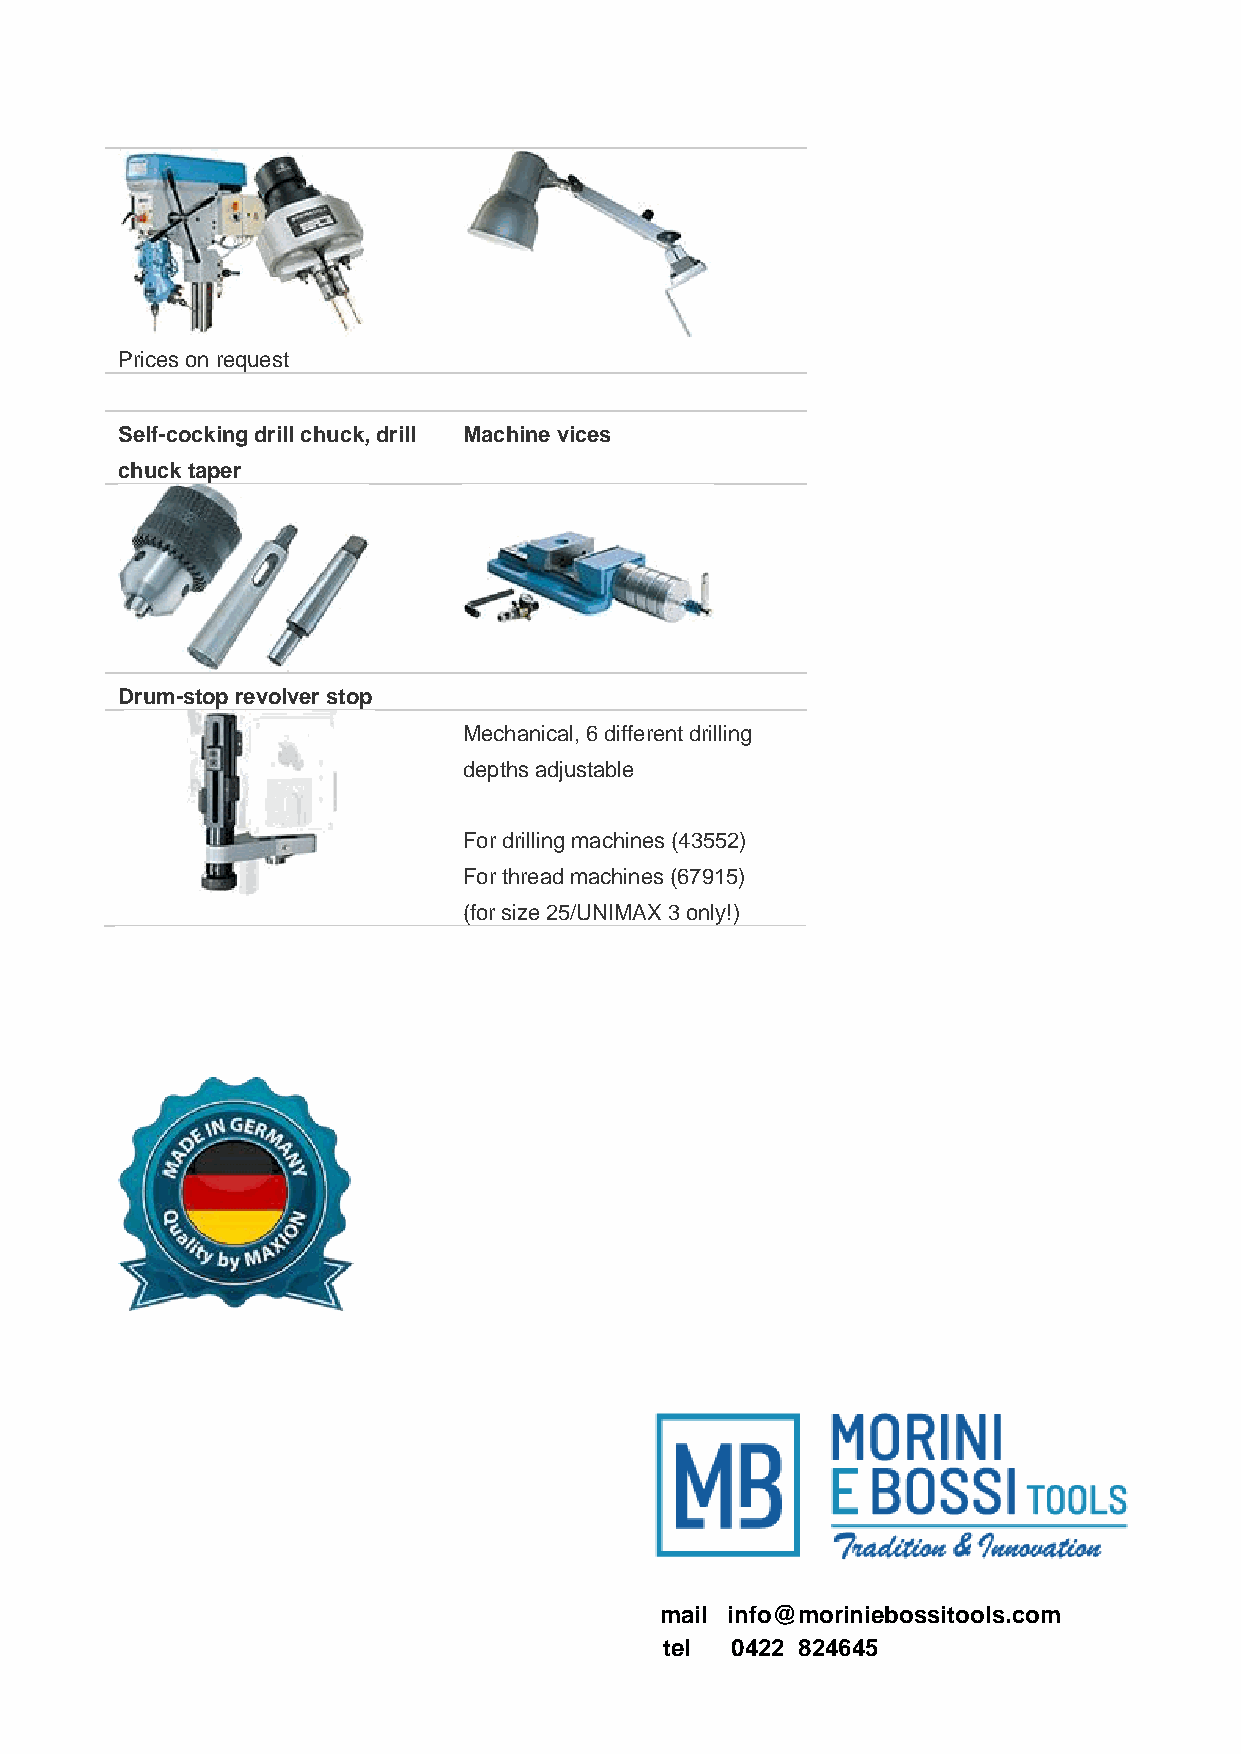
Prices on request
 Self-cocking drill chuck, drill Machine vices
 chuck taper
 Drum-stop revolver stop
 Mechanical, 6 different drilling
 depths adjustable
 For drilling machines (43552)
 For thread machines (67915)
 (for size 25/UNIMAX 3 only!)
 mail info@moriniebossitools.com
 tel 0422 824645